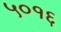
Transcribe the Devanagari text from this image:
५०१६